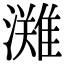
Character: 𭳊